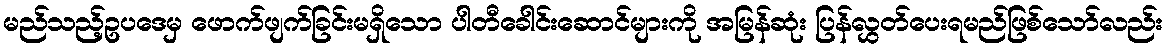
မည်သည့်ဥပဒေမှ ဖောက်ဖျက်ခြင်းမရှိသော ပါတီခေါင်းဆောင်များကို အမြန်ဆုံး ပြန်လွှတ်ပေးရမည်ဖြစ်သော်လည်း